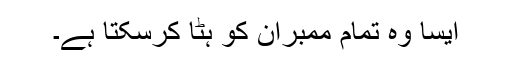
ایسا وہ تمام ممبران کو ہٹا کرسکتا ہے۔